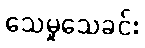
သေမှုသေခင်း